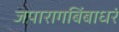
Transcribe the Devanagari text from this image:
जपारागबिंबाधरं